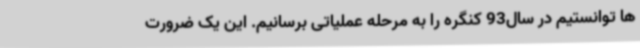
ها توانستیم در سال93 کنگره را به مرحله عملیاتی برسانیم. این یک ضرورت